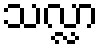
သလ္လာ